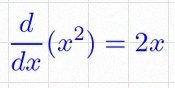
\frac{d}{dx}(x^2)=2x